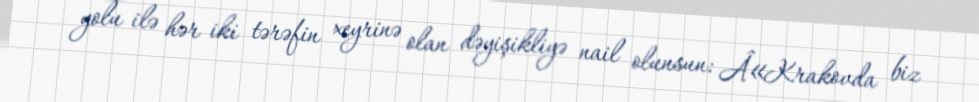
yolu ilə hər iki tərəfin xeyrinə olan dəyişikliyə nail olunsun: Â«Krakovda biz